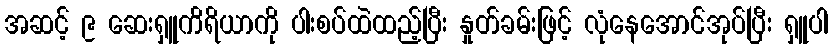
အဆင့် ၉ ဆေးရှူကိရိယာကို ပါးစပ်ထဲထည့်ပြီး နှုတ်ခမ်းဖြင့် လုံနေအောင်အုပ်ပြီး ရှူပါ